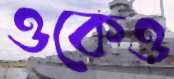
ওকেও